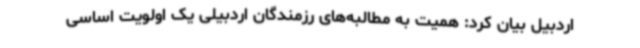
اردبیل بیان کرد: همیت به مطالبه‌های رزمندگان اردبیلی یک اولویت اساسی